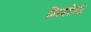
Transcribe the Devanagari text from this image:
निपटेगा